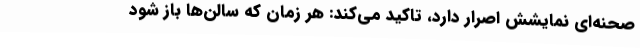
صحنه‌ای نمایشش اصرار دارد، تاکید می‌کند: هر زمان که سالن‌ها باز شود